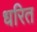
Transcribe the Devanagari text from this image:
धरित